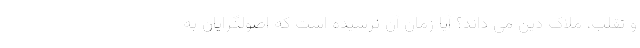
و تقلب، ملاک دین می داند؟ آیا زمان آن نرسیده است که اصولگرایان به